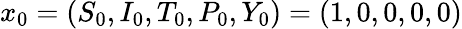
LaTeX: x_{0}=(S_{0},I_{0},T_{0},P_{0},Y_{0})=(1,0,0,0,0)